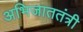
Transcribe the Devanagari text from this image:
अभिजाततंत्री